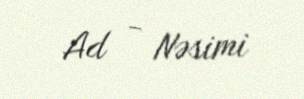
Ad - Nəsimi